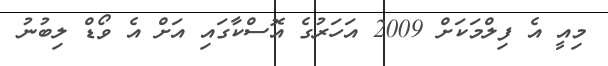
މިއީ އެ ފިލްމަކަށް 2009 އަހަރުގެ އޮސްކާގައި އަށް އެ ވޯޑް ލިބުނު